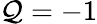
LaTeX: \mathcal{Q}=-1